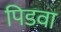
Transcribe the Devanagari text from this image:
पिडवा